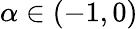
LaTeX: \alpha\in(-1,0)